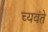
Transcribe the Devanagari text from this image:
च्यवंते